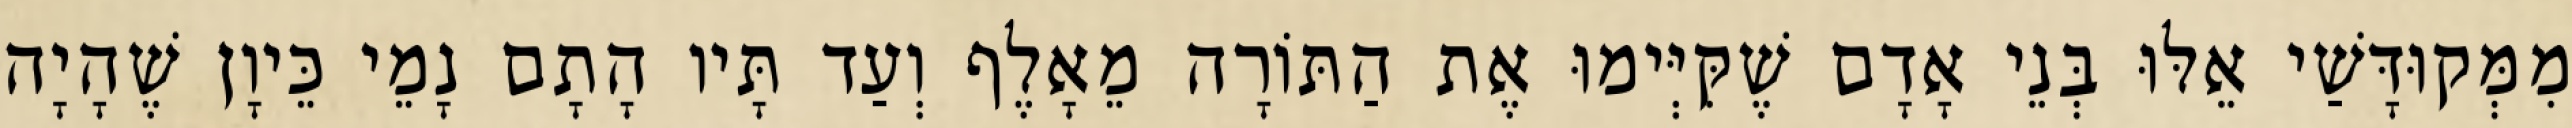
מִמְּקוּדָּשַׁי אֵלּוּ בְּנֵי אָדָם שֶׁקִּיְּימוּ אֶת הַתּוֹרָה מֵאָלֶף וְעַד תָּיו הָתָם נָמֵי כֵּיוָן שֶׁהָיָה